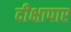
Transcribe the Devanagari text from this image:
दीक्षापार